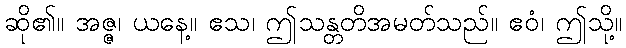
ဆို၏။ အဇ္ဇ၊ ယနေ့။ ဧသ၊ ဤသန္တတိအမတ်သည်။ ဧဝံ၊ ဤသို့။